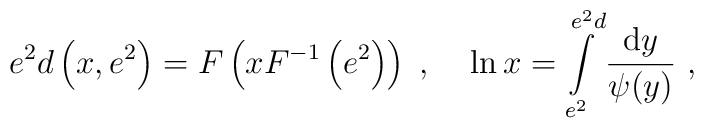
e^2d\left(x,e^2\right)=F\left(xF^{-1}\left(e^2\right)\right)\;,\;\;\;\;\ln x=\int\limits_{e^2}^{e^2d}\frac{{\rm d}y}{\psi(y)}~,